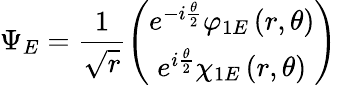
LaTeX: \Psi_{E}=\frac{1}{\sqrt{r}}\left(\begin{array}{c}{{e^{-i\frac{\theta}{2}}\varphi_{1E}\left(r,\theta\right)}}\\ {{e^{i\frac{\theta}{2}}\chi_{1E}\left(r,\theta\right)}}\end{array}\right)